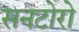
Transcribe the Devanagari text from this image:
सनटोरो